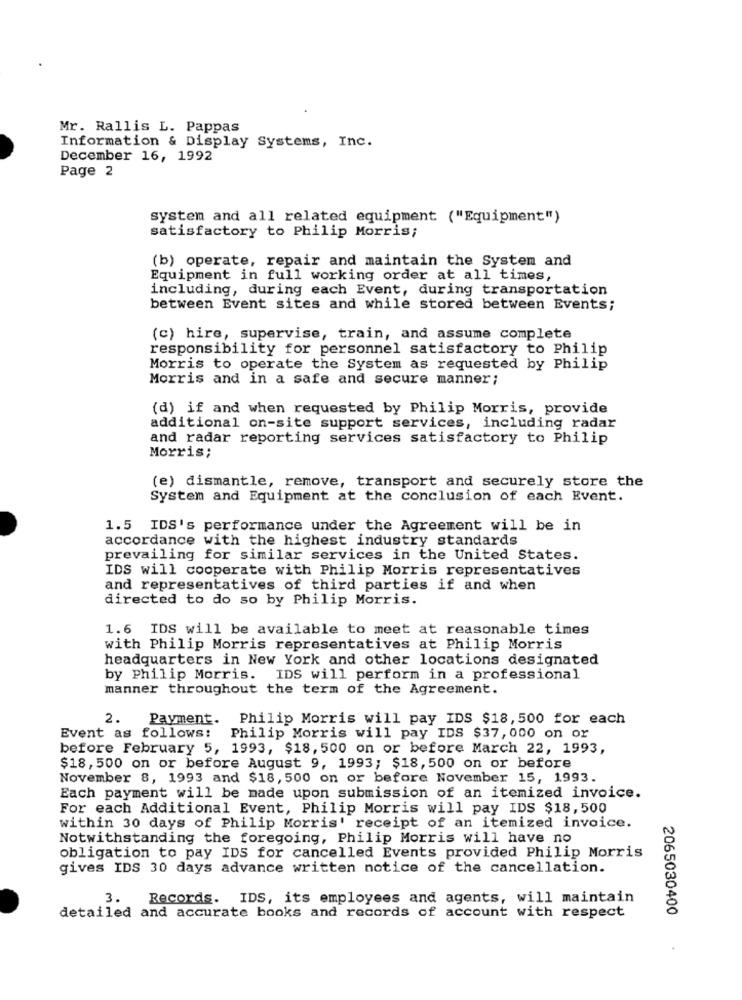
Mr. Rallis L. Pappas
Information & Display Systems, Inc.
December 16, 1992
Page 2
system and all related equipment ("Equipment")
satisfactory to Philip Morris;
(b) operate, repair and maintain the System and
Equipment in full working order at all times,
including, during each Event, during transportation
between Event sites and while stored between Events;
(c) hire, supervise, train, and assume complete
responsibility for personnel satisfactory to Philip
Morris to operate the System as requested by Philip
Morris and in a safe and secure manner;
(d) if and when requested by Philip Morris, provide
additional on-site support services, including radar
and radar reporting services satisfactory to Philip
Morris;
(e) dismantle, remove, transport and securely store the
System and Equipment at the conclusion of each Event.
1.5 IDS's performance under the Agreement will be in
accordance with the highest industry standards
prevailing for similar services in the United States.
IDS will cooperate with Philip Morris representatives
and representatives of third parties if and when
directed to do so by Philip Morris.
1.6 IDS will be available to meet at reasonable times
with Philip Morris representatives at Philip Morris
headquarters in New York and other locations designated
by Philip Morris. IDS will perform in a professional
manner throughout the term of the Agreement.
2.
Payment. Philip Morris will pay IDS $18, 500 for each
Event as follows:
Philip Morris will pay IDS $37, 000 on or
before February 5, 1993, $18, 500 on or before March 22, 1993,
$18, 500 on or before August 9, 1993; $18, 500 on or before
November 8, 1993 and $18, 500 on or before November 15, 1993.
Each payment will be made upon submission of an itemized invoice.
For each Additional Event, Philip Morris will pay IDS $18,500
within 30 days of Philip Morris' receipt of an itemized invoice.
Notwithstanding the foregoing, Philip Morris will have no
obligation to pay IDS for cancelled Events provided Philip Morris
gives IDS 30 days advance written notice of the cancellation.
3. Records. IDS, its employees and agents, will maintain
2065030400
detailed and accurate books and records of account with respect